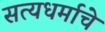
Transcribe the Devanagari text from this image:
सत्यधर्माचे